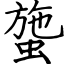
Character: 䗐